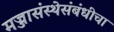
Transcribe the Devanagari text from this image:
मज्जासंस्थेसंबंधीचा